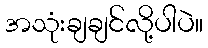
အသုံးချချင်လို့ပါပဲ။